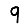
Digit: 9